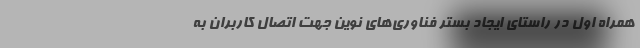
همراه اول در راستای ایجاد بستر فناوری‌های نوین جهت اتصال کاربران به